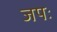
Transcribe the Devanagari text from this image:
जपः